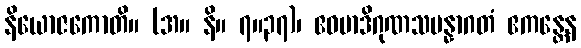
နိယောဇကောတိ။ (အ။ နိ။ ၇။၃၇)၊ ဧဝမာဒိဂုဏသမန္နာဂတံ ဧကန္တေန